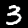
Label: 3